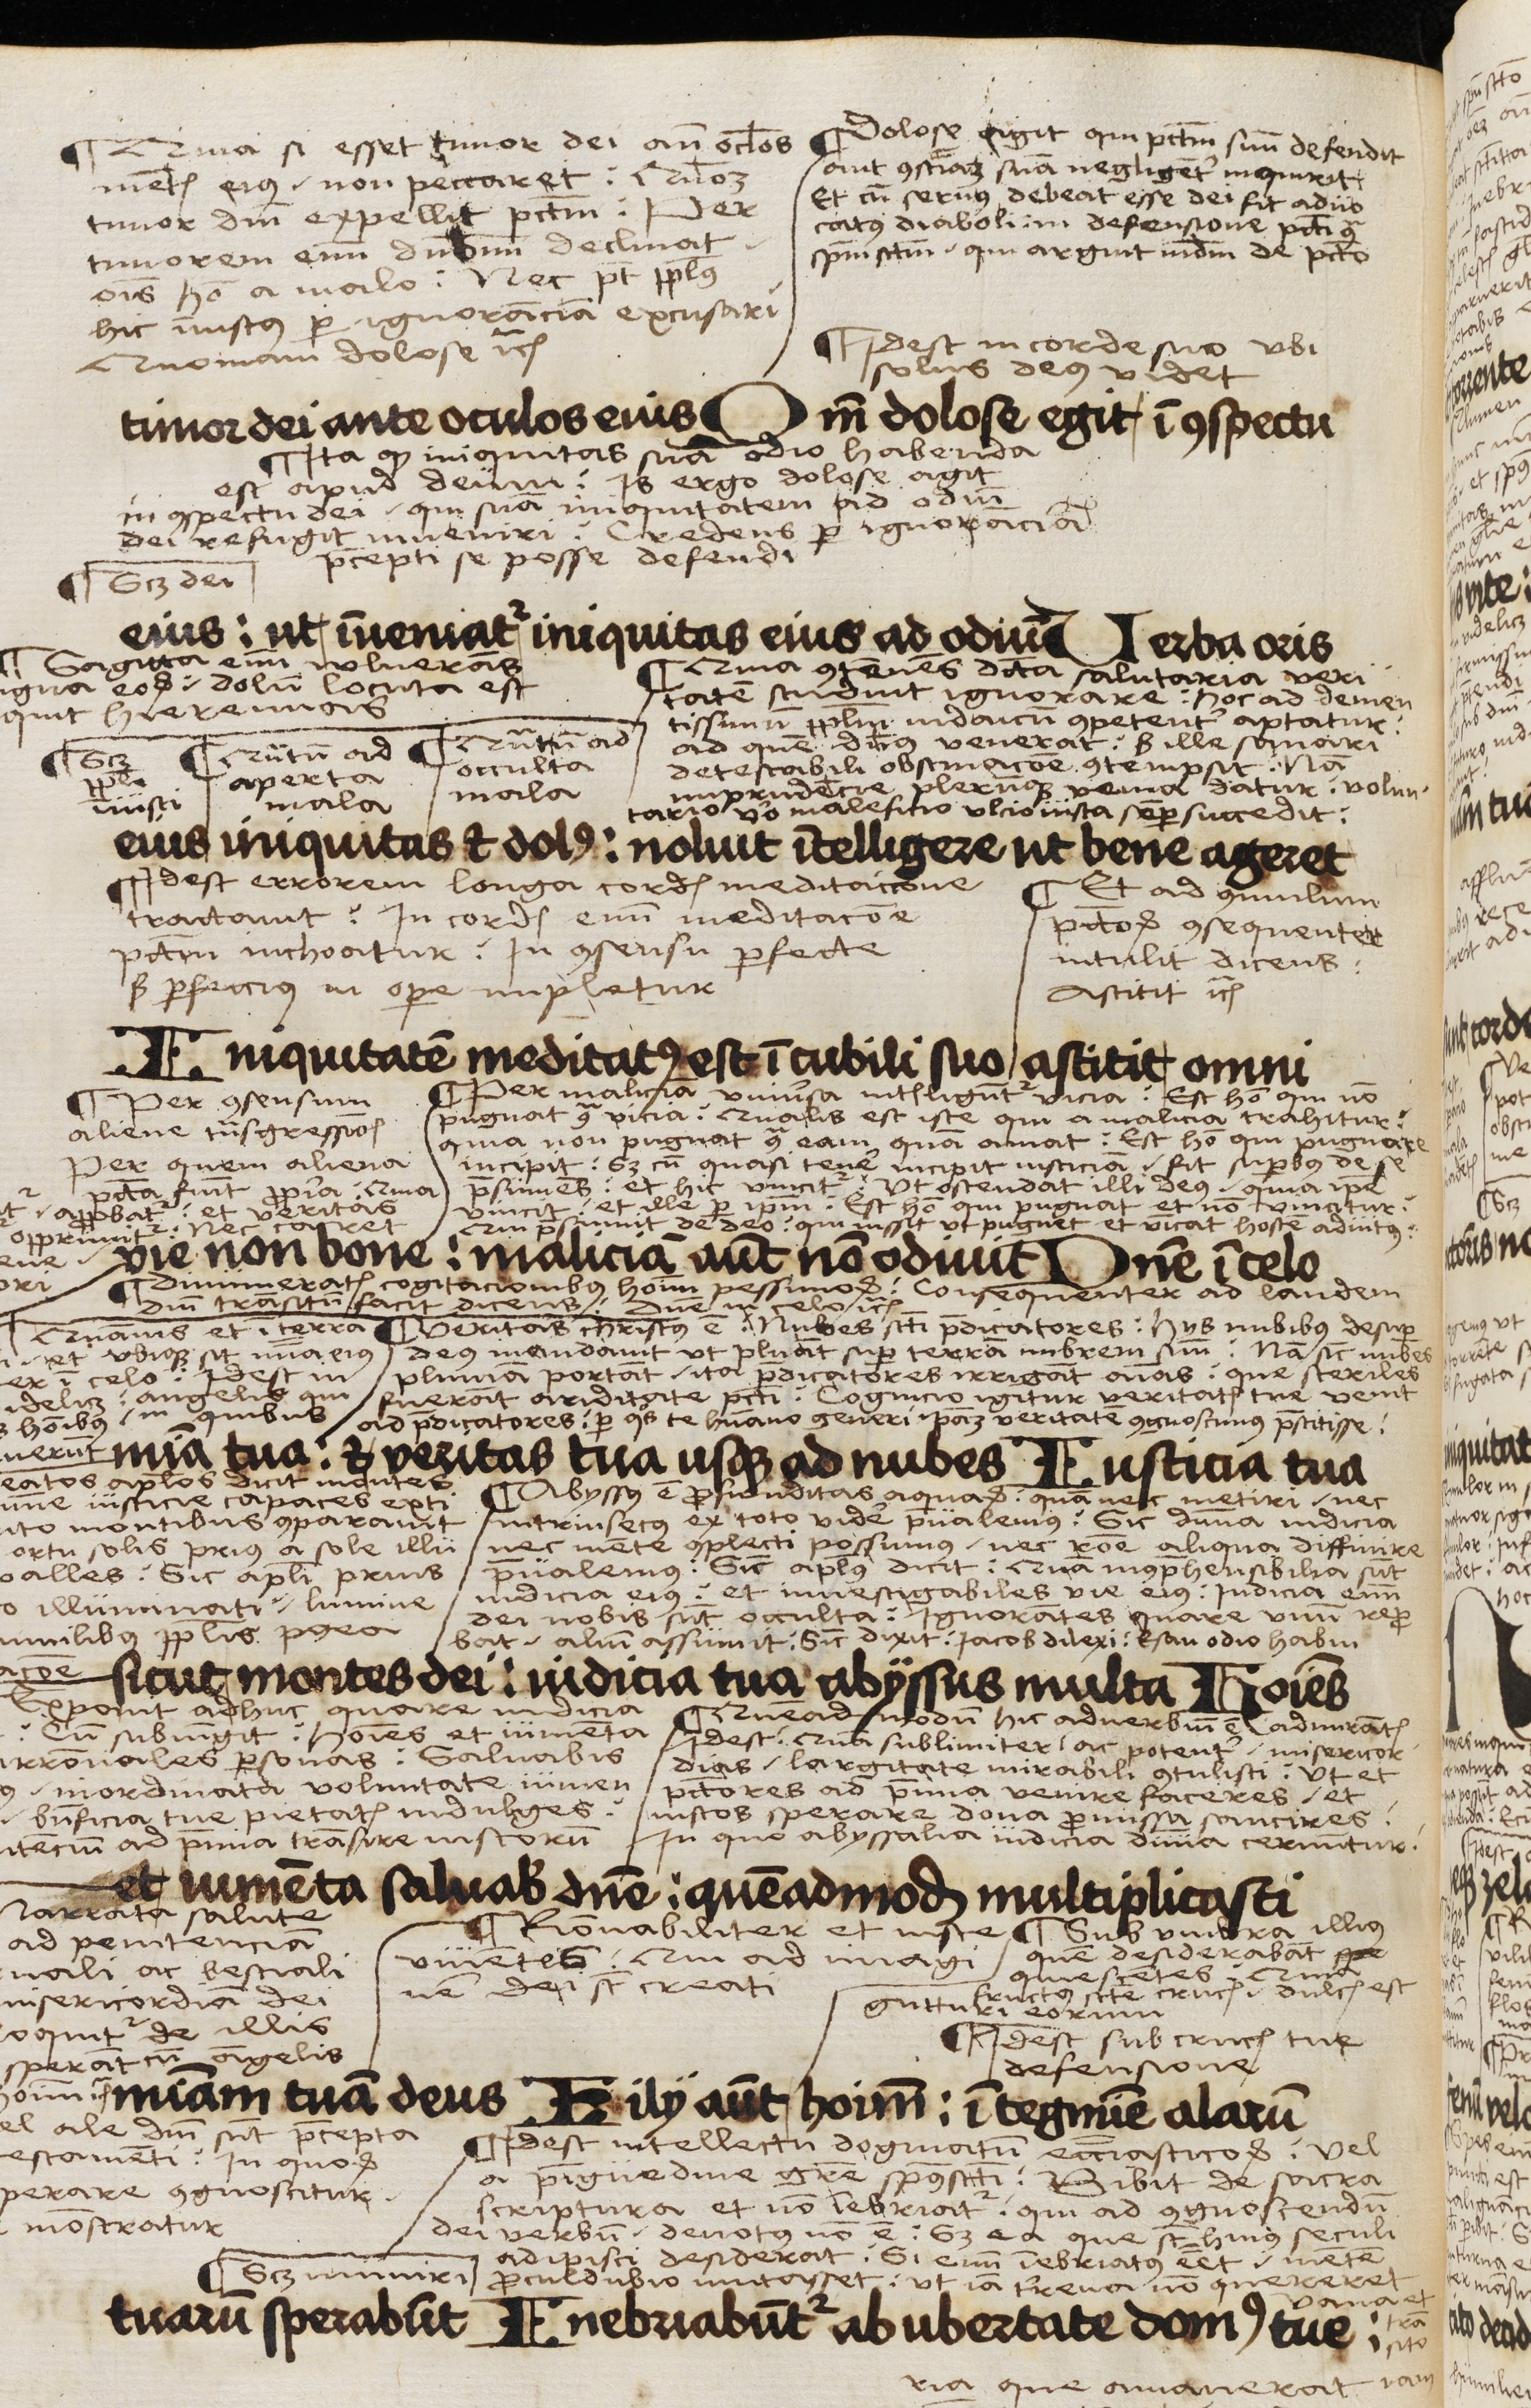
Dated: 1503–1503